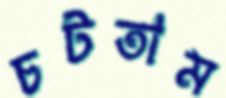
চটতাম